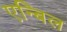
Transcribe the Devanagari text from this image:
एन्बिल